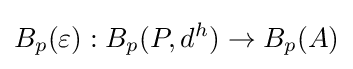
B_{p}(\varepsilon ):B_{p}(P,d^{h})\to B_{p}(A)